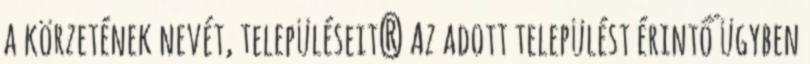
a körzetének nevét, településeit? Az adott települést érintő ügyben